画像に写った文字を読んでください
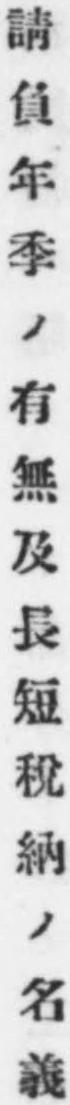
「請負年季ノ有無及長短稅納ノ名義」と書いてあります